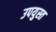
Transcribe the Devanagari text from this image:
उपयुस्त